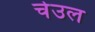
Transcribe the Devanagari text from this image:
चेउल